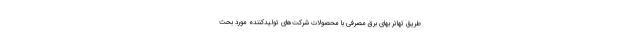
طریق تهاتر بهای برق مصرفی با محصولات شرکت‌های تولیدکننده مورد بحث